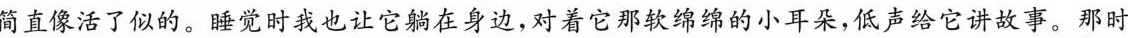
简直像活了似的。睡觉时我也让它躺在身边，对着它那软绵绵的小耳朵，低声给它讲故事。那时